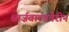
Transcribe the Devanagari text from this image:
श्वार्ज़वाल्डवेरीन